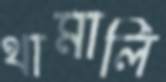
থামালি